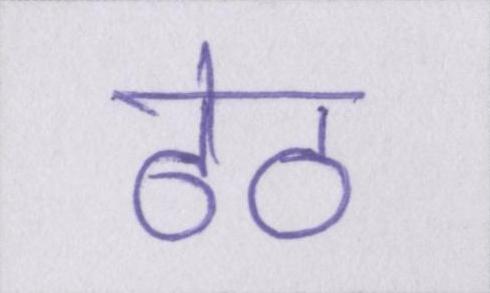
ठेठ